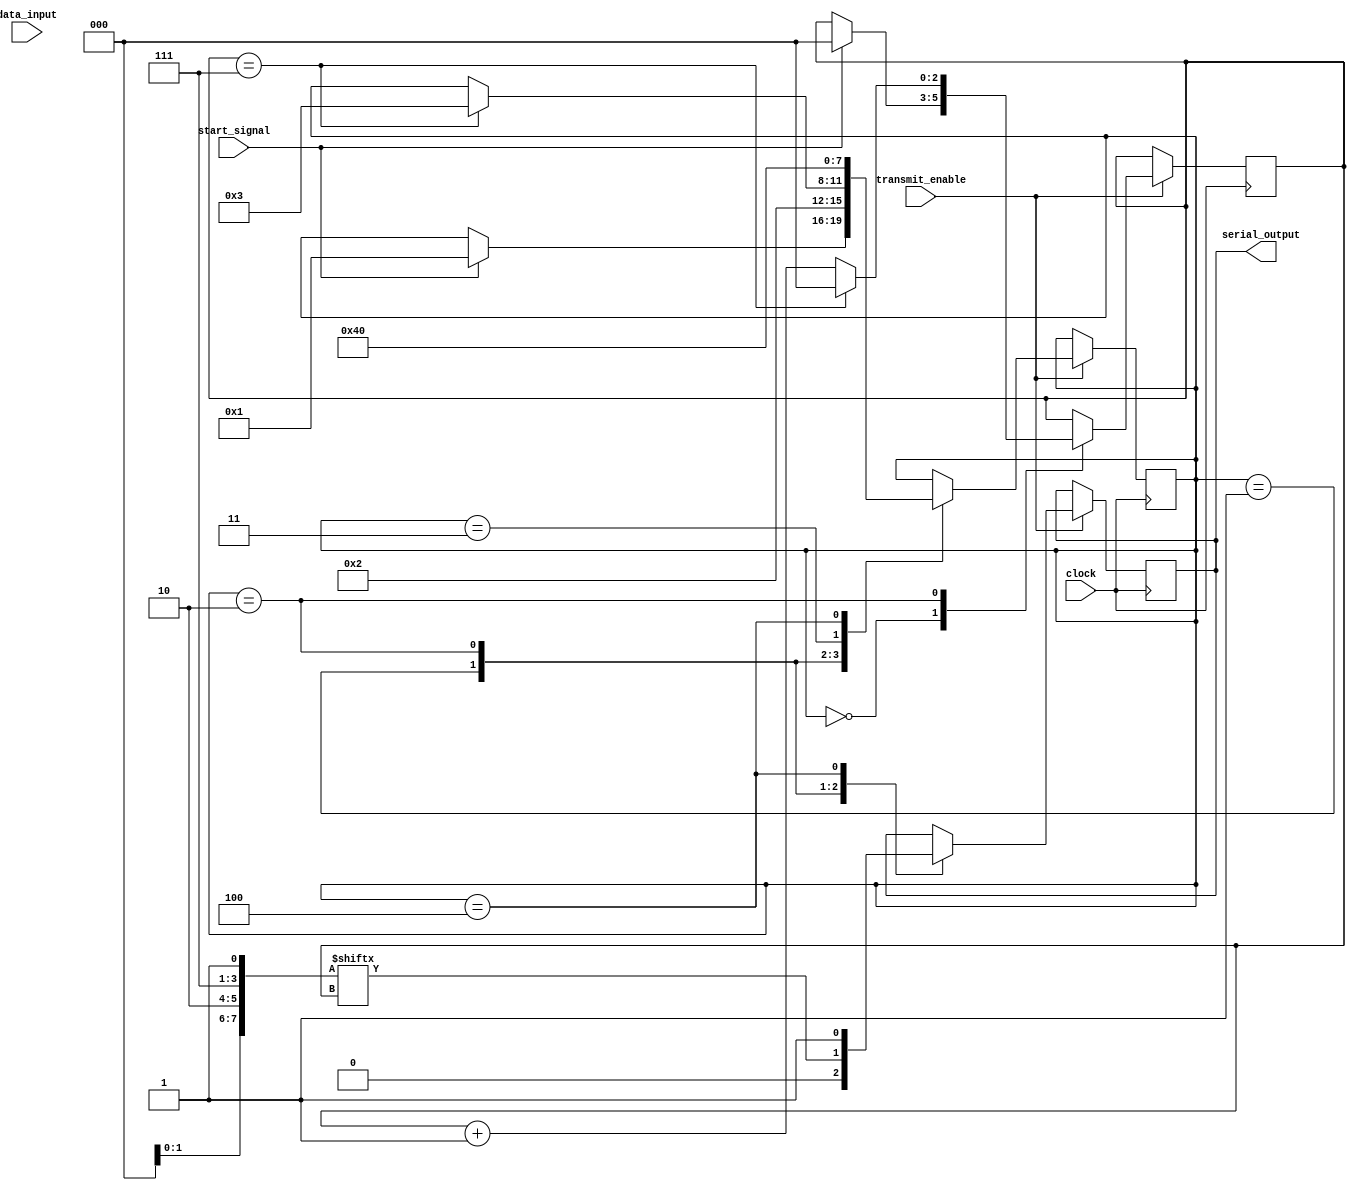
module UART_transmitter (
    input wire data_input,
    input wire clock,
    input wire start_signal,
    input wire transmit_enable,
    output wire serial_output
);

reg [7:0] data_reg;
reg [3:0] state_reg;
reg [2:0] bit_counter;

parameter IDLE = 0;
parameter START_BIT = 1;
parameter DATA_BIT = 2;
parameter PARITY_BIT = 3;
parameter STOP_BIT = 4;

always @ (posedge clock) begin
    if (transmit_enable) begin
        case(state_reg)
            IDLE: begin
                if (start_signal) begin
                    state_reg <= START_BIT;
                    bit_counter <= 0;
                end
            end
            START_BIT: begin
                serial_output <= 1'b0;
                state_reg <= DATA_BIT;
            end
            DATA_BIT: begin
                serial_output <= data_reg[bit_counter];
                bit_counter <= bit_counter + 1;
                if (bit_counter == 7) begin
                    state_reg <= PARITY_BIT;
                    bit_counter <= 0;
                end
            end
            PARITY_BIT: begin
            //Implement parity bit calculation if needed
                state_reg <= STOP_BIT;
            end
            STOP_BIT: begin
                serial_output <= 1'b1;
                state_reg <= IDLE;
            end
        endcase
    end
end

endmodule